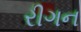
રીગન